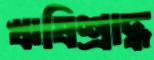
ঋষিশ্রাদ্ধ